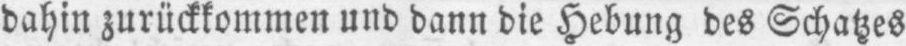
dahin zurückkommen und dann die Hebung des Schatzes